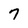
Character: 7